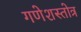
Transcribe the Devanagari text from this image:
गणेशस्तोत्र